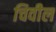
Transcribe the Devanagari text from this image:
चिवील